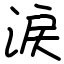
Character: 涙